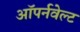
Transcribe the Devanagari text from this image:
ऑपर्नवेल्ट